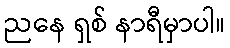
ညနေ ရှစ် နာရီမှာပါ။